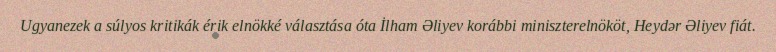
Ugyanezek a súlyos kritikák érik elnökké választása óta İlham Əliyev korábbi miniszterelnököt, Heydər Əliyev fiát.